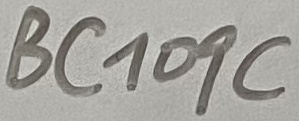
Text: BC109C